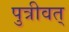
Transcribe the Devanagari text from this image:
पुत्रीवत्